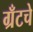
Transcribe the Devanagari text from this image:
ग्रँटचे